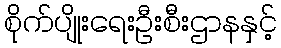
စိုက်ပျိုးရေးဦးစီးဌာနနှင့်